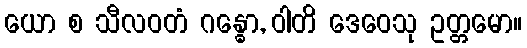
ယော စ သီလဝတံ ဂန္ဓော, ဝါတိ ဒေဝေသု ဥတ္တမော။